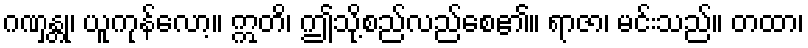
ဂဏှန္တု၊ ယူကုန်လော့။ ဣတိ၊ ဤသို့စည်လည်စေ၏။ ရာဇာ၊ မင်းသည်။ တထာ၊